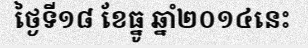
ថ្ងៃទី១៨ ខែធ្នូ ឆ្នាំ២០១៤នេះ